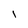
Character: l